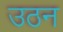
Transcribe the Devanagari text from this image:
उठन